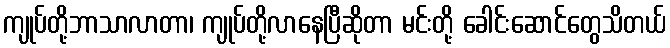
ကျုပ်တို့ဘာသာလာတာ၊ ကျုပ်တို့လာနေပြီဆိုတာ မင်းတို့ ခေါင်းဆောင်တွေသိတယ်